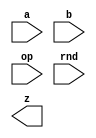
////////////////////////////////////////////////////////////////////////////////
//
//       This confidential and proprietary software may be used only
//     as authorized by a licensing agreement from Synopsys Inc.
//     In the event of publication, the following notice is applicable:
//
//                    (C) COPYRIGHT 2007 - 2023 SYNOPSYS INC.
//                           ALL RIGHTS RESERVED
//
//       The entire notice above must be reproduced on all authorized
//     copies.
//
//
// VERSION:   Verilog Simulation Model for FP adder/subtractor -- internal FP format
//
// DesignWare_version: fa466443
// DesignWare_release: U-2022.12-DWBB_202212.5
//
////////////////////////////////////////////////////////////////////////////////
//-------------------------------------------------------------------------------
//
// ABSTRACT: Floating-point two-operand Adder/Subtractor in Internal FP format
//           Computes the addition/subtraction of two FP numbers in internal
//           (proprietary) FP format. 
//           The format of the FP numbers is defined by the number of bits 
//           in the significand (sig_width) and the number of bits in the 
//           exponent (exp_width). The internal format uses status (7 bits),
//           exponent, and significand fields. The significand is expressed 
//           in two's complement. 
//           The total number of bits in the FP number is sig_width+exp_width+7
//           The output follows the same format.
//           Subtraction is forced when op=1
//           Althought rounding is not done, the sign of zeros requires this
//           information.
//              parameters      valid values (defined in the DW manual)
//              ==========      ============
//              sig_widthi      significand size of the input,  2 to 253 bits
//              exp_widthi      exponent size of the input,     3 to 31 bits
//              sig_widtho      significand size of the output, 2 to 253 bits
//              exp_widtho      exponent size of the output,    3 to 31 bits
//              use_denormal    0 or 1  (default 0)
//              use_1scmpl      0 or 1  (default 0)
//
//              Input ports     Size & Description
//              ===========     ==================
//              a               (sig_widthi + exp_widthi + 7)-bits
//                              Floating-point Number Input
//              b               (sig_widthi + exp_widthi + 7)-bits
//                              Floating-point Number Input
//              op              1 bit
//                              add/sub control: 0 for add - 1 for sub
//              rnd             3 bits
//                              Rounding mode
//
//              Output ports    Size & Description
//              ===========     ==================
//              z               (sig_widtho + exp_widtho + 7) bits
//                              Floating-point Number result
//
// MODIFIED: 
//
//------------------------------------------------------------------------------
module DW_ifp_addsub (a, b, op, rnd, z);
parameter integer sig_widthi=17;
parameter integer exp_widthi=9;  
parameter integer sig_widtho=17;
parameter integer exp_widtho=9;  
parameter integer use_denormal=0;                    
parameter integer use_1scmpl=0;                    

// declaration of inputs and outputs
input  [sig_widthi+exp_widthi+7-1:0] a,b;
input  op;
input  [2:0] rnd;
output [sig_widtho+exp_widtho+7-1:0] z;

    // synopsys translate_off

  //-------------------------------------------------------------------------
  // Parameter legality check
  //-------------------------------------------------------------------------
  
 
  initial begin : parameter_check
    integer param_err_flg;

    param_err_flg = 0;
    
  
    if ( (sig_widthi < 2) || (sig_widthi > 253) ) begin
      param_err_flg = 1;
      $display(
	"ERROR: %m :\n  Invalid value (%d) for parameter sig_widthi (legal range: 2 to 253)",
	sig_widthi );
    end
  
    if ( (exp_widthi < 3) || (exp_widthi > 31) ) begin
      param_err_flg = 1;
      $display(
	"ERROR: %m :\n  Invalid value (%d) for parameter exp_widthi (legal range: 3 to 31)",
	exp_widthi );
    end
  
    if ( (sig_widtho < sig_widthi) || (sig_widtho > 253) ) begin
      param_err_flg = 1;
      $display(
	"ERROR: %m :\n  Invalid value (%d) for parameter sig_widtho (legal range: sig_widthi to 253)",
	sig_widtho );
    end
  
    if ( (exp_widtho < exp_widthi) || (exp_widtho > 31) ) begin
      param_err_flg = 1;
      $display(
	"ERROR: %m :\n  Invalid value (%d) for parameter exp_widtho (legal range: exp_widthi to 31)",
	exp_widtho );
    end
  
    if ( (use_denormal < 0) || (use_denormal > 1) ) begin
      param_err_flg = 1;
      $display(
	"ERROR: %m :\n  Invalid value (%d) for parameter use_denormal (legal range: 0 to 1)",
	use_denormal );
    end
  
    if ( param_err_flg == 1) begin
      $display(
        "%m :\n  Simulation aborted due to invalid parameter value(s)");
      $finish;
    end

  end // parameter_check 



reg [7-1:0] l1Oll11l;
reg [7-1:0] I1OI11O1;
reg [7-1:0] O1l1O1Ol;
reg [exp_widtho+sig_widtho+7-1:0] O00IlII1;
reg I0O0llII, l00I1l00, IIl0110I, O0O11OlO, I11IOOO0, O000I1ll, I000101O, OOOOlOlO;
reg Ol11OO1I,OOOlO00l,lO0O1111;
reg [exp_widtho-1:0] II1IO1IO,l0I00110;
reg [exp_widtho-1:0] O1OOOI0O, I11l0011, llO01I1I;
// The biggest possible exponent for addition/subtraction
reg [exp_widtho-1:0] O0lO100I;
reg signed [sig_widtho:0] OlO0OO10,I01O0l00;
reg signed [sig_widtho+1:0] lO1ll111;
reg signed [sig_widtho+1:0] O01Ol0O1;
reg signed [sig_widtho+1:0] OIIll00O;
reg signed [sig_widtho+1:0] lOOO01OO;
reg signed [sig_widtho+1:0] O000OOO0;
reg signed [sig_widtho:0] OOOO1011;
reg signed [sig_widtho:0] lI0OlO11;
reg signed [sig_widtho:0] OO1O000O;  
reg signed [sig_widtho:0] I0lOO1IO;  
reg signed [sig_widtho:0] O0Ol1110;  
reg Ol1OO100, Il00OOl1;
reg lO11IO10;
reg l0O1I1OO;
reg lO1OOIOO;
reg I1lOO001;
reg O01O0Ol0;
reg [2:0] O0O1lOI0;
reg [2:0] l0O0OO00;
reg [sig_widtho-sig_widthi:0] O1110111;
reg [sig_widtho-sig_widthi:0] lO11lO10;
reg III111lO, OI1lI1O0;
reg Ol1OOOO0, O0l101O1;
reg l00O01OO;

// main process of information
always @(a or b or op or rnd)
begin
  Ol1OOOO0 = 0;
  O0l101O1 = 0;
  I1OI11O1 = a[sig_widthi+exp_widthi+7-1:sig_widthi+exp_widthi];
  O1l1O1Ol = b[sig_widthi+exp_widthi+7-1:sig_widthi+exp_widthi];
  I0O0llII = I1OI11O1[2];
  l00I1l00 = I1OI11O1[1];
  O0O11OlO = I1OI11O1[3     ];
  I11IOOO0 = O1l1O1Ol[2];
  O000I1ll = O1l1O1Ol[1];
  OOOOlOlO = O1l1O1Ol[3     ];
  lO11IO10 = I1OI11O1[4];
  l0O1I1OO = O1l1O1Ol[4];
  III111lO = (I1OI11O1[6     ] & a[0]) |
             (lO11IO10 & a[sig_widthi-1]);
  OI1lI1O0 = (O1l1O1Ol[6     ] & b[0]) |
             (l0O1I1OO & b[sig_widthi-1]);
  O1110111 = {sig_widtho-sig_widthi+1{III111lO}};
  lO11lO10 = {sig_widtho-sig_widthi+1{OI1lI1O0}};

  if (exp_widthi < exp_widtho) 
    begin
      II1IO1IO = {{exp_widtho-exp_widthi{1'b0}},a[sig_widthi+exp_widthi-1:sig_widthi]};
      l0I00110 = {{exp_widtho-exp_widthi{1'b0}},b[sig_widthi+exp_widthi-1:sig_widthi]};
    end
  else
    begin
      II1IO1IO = a[sig_widthi+exp_widthi-1:sig_widthi];               // same value
      l0I00110 = b[sig_widthi+exp_widthi-1:sig_widthi];
    end
  if (sig_widthi < sig_widtho) 
    begin
      {OO1O000O,l00O01OO}= {a[sig_widthi-1],a[sig_widthi-1:0],O1110111[sig_widtho-sig_widthi:0]};
      {I0lOO1IO,l00O01OO} = {b[sig_widthi-1],b[sig_widthi-1:0],lO11lO10[sig_widtho-sig_widthi:0]};
    end
  else
    begin
      OO1O000O = {a[sig_widthi-1],a[sig_widthi-1:0]};
      I0lOO1IO = {b[sig_widthi-1],b[sig_widthi-1:0]};
    end
  IIl0110I = I1OI11O1[0] | (~l00I1l00 & ~I0O0llII & ~|OO1O000O);
  I000101O = O1l1O1Ol[0] | (~O000I1ll & ~I11IOOO0 & ~|I0lOO1IO);
  if (IIl0110I) 
    II1IO1IO = 0;
  if (I000101O)
    l0I00110 = 0;

  l1Oll11l = 0;

  if (op == 1)
    if (use_1scmpl == 0)
      O0Ol1110 = -I0lOO1IO;
    else
      begin
        O0Ol1110 = -I0lOO1IO-1;
        lO1OOIOO = ~l0O1I1OO; 
      end
  else
    begin
      O0Ol1110 = I0lOO1IO;    
      lO1OOIOO = l0O1I1OO; 
    end

  Ol1OO100 = OO1O000O[sig_widtho];
  Il00OOl1 = O0Ol1110[sig_widtho];
  
  OOOlO00l = Ol1OO100 ^ Il00OOl1;

  Ol11OO1I = 0;
  if (II1IO1IO < l0I00110)
    begin
      Ol11OO1I = 1;
      O1OOOI0O = l0I00110;
      I11l0011 = II1IO1IO;
      OlO0OO10 = O0Ol1110;
      I01O0l00 = OO1O000O;
      I1lOO001 = (use_1scmpl)?lO1OOIOO:0;
      O01O0Ol0 = (use_1scmpl)?lO11IO10:0;
    end
  else
    begin
      Ol11OO1I = 0;
      O1OOOI0O = II1IO1IO;
      I11l0011 = l0I00110;
      OlO0OO10 = OO1O000O;
      I01O0l00 = O0Ol1110;
      I1lOO001 = (use_1scmpl)?lO11IO10:0;
      O01O0Ol0 = (use_1scmpl)?lO1OOIOO:0;
    end

  if ((IIl0110I & Ol11OO1I) | (I000101O & ~Ol11OO1I))
    I01O0l00 = 0;

  if (I0O0llII | I11IOOO0)
    begin
      l1Oll11l[2] = 1'b1;
    end
  if (l00I1l00 | O000I1ll) 
    begin
      l1Oll11l[1] = 1;
      l1Oll11l[5     ] = 0;
      if (l00I1l00 == 1) 
        l1Oll11l[5     ] = I1OI11O1[5     ];
      if (O000I1ll == 1)
        l1Oll11l[5     ] = O1l1O1Ol[5     ] ^ op;
      if (l00I1l00 == 1 && O000I1ll == 1 && 
          (I1OI11O1[5     ] != (O1l1O1Ol[5     ]^op)))
        begin
          l1Oll11l[2] = 1'b1;
          l1Oll11l[1] = 1'b0;
          l1Oll11l[5     ] = 1'b0;
        end
    end
  if (IIl0110I == 1 && I000101O == 1)
    begin
      l1Oll11l[0] = 1;
      Ol1OOOO0 = I1OI11O1[5     ];
      O0l101O1 = O1l1O1Ol[5     ]^op;
      if (Ol1OOOO0 !== O0l101O1)
        if (rnd === 3)
          l1Oll11l[5     ] = 1'b1;        
        else
          l1Oll11l[5     ] = 1'b0;
      else
        l1Oll11l[5     ] = Ol1OOOO0;
    end    
  begin                                         
      if (IIl0110I) 
        if (Ol11OO1I) I01O0l00 = 0;
        else OlO0OO10 = 0;
      if (I000101O)
        if (Ol11OO1I) OlO0OO10 = 0;
        else I01O0l00 = 0;

      lO0O1111 = 0;
      llO01I1I = O1OOOI0O - I11l0011;
      while ( (llO01I1I != 0) & (I01O0l00 != 0))
        begin
          lO0O1111 = (I01O0l00[0] ^ O01O0Ol0) | lO0O1111;
          I01O0l00 = I01O0l00 >>> 1;
          llO01I1I = llO01I1I - 1;
        end

        l1Oll11l[6     ] = ((OOOlO00l | (Ol1OO100 & Il00OOl1)) & lO0O1111) | 
                                    (I000101O & I1OI11O1[6     ]) |
                                    (IIl0110I & O1l1O1Ol[6     ]);

      lO1ll111 = $signed({OlO0OO10,1'b0});
      O01Ol0O1 = $signed({I01O0l00,lO0O1111});
      O0O1lOI0 = {1'b0, I1lOO001, 1'b0};
      l0O0OO00 = {1'b0, O01O0Ol0, 1'b0};
      OIIll00O = $signed(O0O1lOI0);
      lOOO01OO = $signed(l0O0OO00);
      O000OOO0 = lO1ll111 + O01Ol0O1 + OIIll00O + lOOO01OO;
      OOOO1011 = O000OOO0[sig_widtho+1:1];
      O0lO100I = O1OOOI0O;

      lI0OlO11 = OOOO1011;
      O0lO100I = O0lO100I + 1;
      l1Oll11l[3     ] = (lO0O1111 | O0O11OlO | OOOOlOlO | lI0OlO11[0]) & ~(l00I1l00 | O000I1ll | I0O0llII | I11IOOO0);
      if (O0lO100I < O1OOOI0O) 
        l1Oll11l[1] = 1'b1;
      if (OOOO1011 == 0 && ~IIl0110I && ~I000101O 
          && l1Oll11l[2:1] == 0)
	if (rnd == 3'b011)
          l1Oll11l[5     ] = 1'b1;
        else
          l1Oll11l[5     ] = 1'b0;
      O00IlII1 = {l1Oll11l,O0lO100I,lI0OlO11[sig_widtho:1]};
  end 
end

assign z = ((^(a ^ a) !== 1'b0) || (^(b ^ b) !== 1'b0) || (^(op ^ op) !== 1'b0)) ? {sig_widtho+exp_widtho+7-1{1'bx}} : O00IlII1;

// synopsys translate_on
endmodule